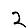
Digit: 2